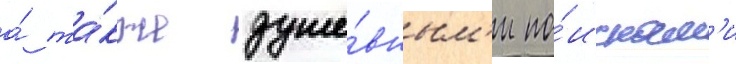
а́ та́кже душе́вным'и по́искам'и